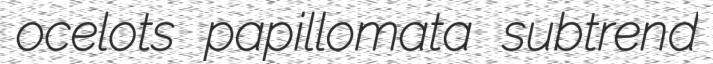
ocelots papillomata subtrend